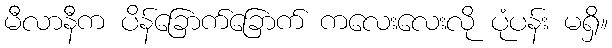
မီလာနီက ပိန်ခြောက်ခြောက် ကလေးလေးလို ပုံပန်း မရှိ။